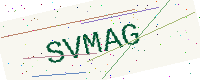
Text: SVMAG